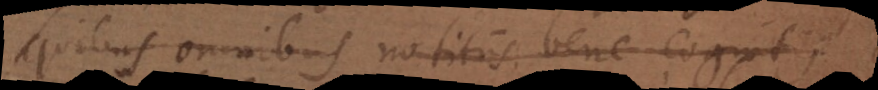
ibus omnibus notitiis bene cognitis